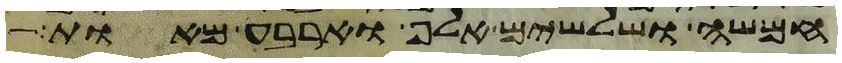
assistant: חמשה ושלשים אלף וארבע מאות